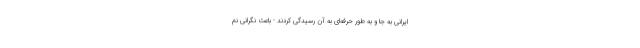
ایرانی به جا و به طور حرفه‌ای به آن رسیدگی کردند - باعث نگرانی نم